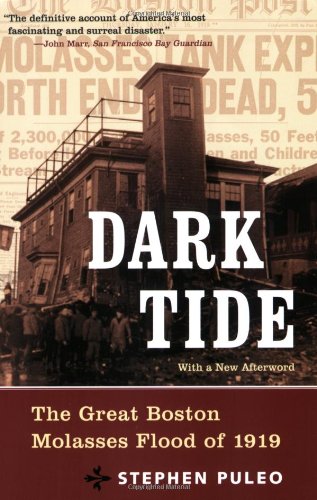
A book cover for Dark Tide: The Great Boston Molasses Flood of 1919; Stephen Puleo; Politics & Social Sciences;